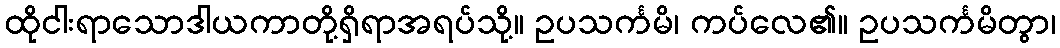
ထိုငါးရာသောဒါယကာတို့ရှိရာအရပ်သို့။ ဥပသင်္ကမိ၊ ကပ်လေ၏။ ဥပသင်္ကမိတွာ၊